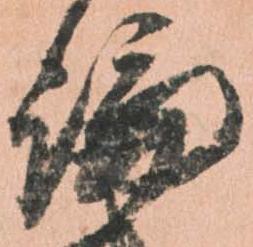
論